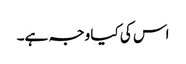
اس کی کیا وجہ ہے۔